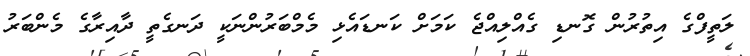
ލަތީފްގެ އިތުރުން ގޮނޑި ގެއްލިއްޖެ ކަމަށް ކަނޑައެޅި މެމްބަރުންނަކީ ދަނގެތީ ދާއިރާގެ މެންބަރު